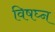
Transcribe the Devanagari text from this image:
विषघ्न